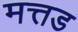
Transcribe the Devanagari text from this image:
मत्तड